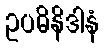
ဥပဓိနိဒါနံ